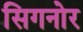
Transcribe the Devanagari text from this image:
सिगनोर